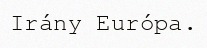
Irány Európa.